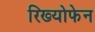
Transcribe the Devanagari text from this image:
रिख्योफेन